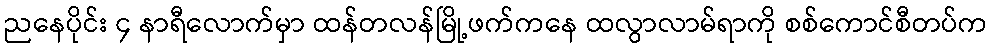
ညနေပိုင်း ၄ နာရီလောက်မှာ ထန်တလန်မြို့ဖက်ကနေ ထလွာလာမ်ရာကို စစ်ကောင်စီတပ်က